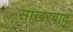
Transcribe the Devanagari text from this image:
साखरबाव